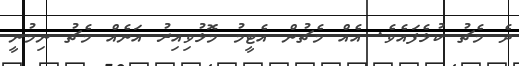
ދެ މެޗު ކުޅެފައެވެ. އެއް މެޗުން އެޓީމު މޮޅުވިއިރު އަނެއް މެޗު ނިމުނީ